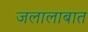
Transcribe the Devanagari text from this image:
जलालाबात